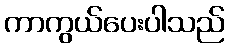
ကာကွယ်ပေးပါသည်